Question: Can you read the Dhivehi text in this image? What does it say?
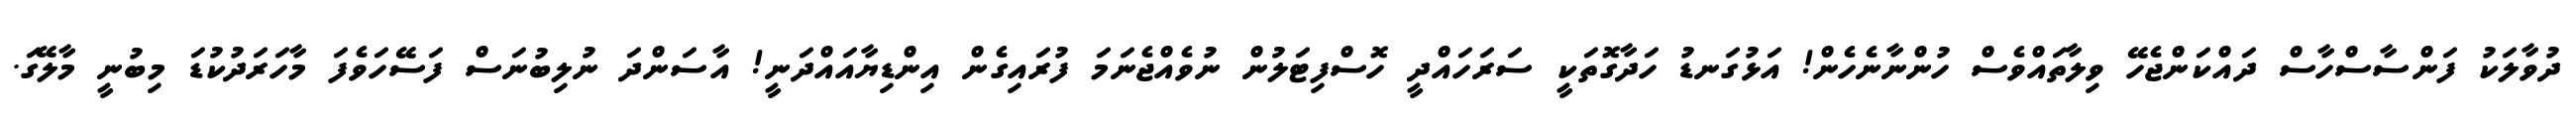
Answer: ދުވާލަކު ފަންސާސްހާސް ދައްކަންޖެހޭ ވިލާތައްވެސް ހުންނާނެހެން! އަޅުގަނޑު ހަދާގޮތަކީ ސަރަހައްދީ ހޮސްފިޓަލުން ނުވެއްޖެނަމަ ފުރައިގެން އިންޑިޔާއައްދަނީ! އާސަންދަ ނުލިބުނަސް ފަސޭހަވެފަ މާހަރަދުކުޑަ މިބުނީ މާލޭގަ.